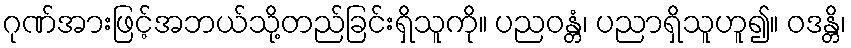
ဂုဏ်အားဖြင့်အဘယ်သို့တည်ခြင်းရှိသူကို။ ပညဝန္တံ၊ ပညာရှိသူဟူ၍။ ဝဒန္တိ၊